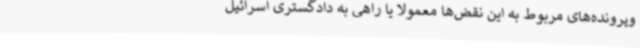
وپرونده‌های مربوط به این نقض‌ها معمولاً یا راهی به دادگستری اسرائیل